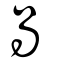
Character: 咼